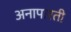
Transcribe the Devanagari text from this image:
अनापारती